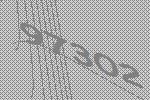
97302